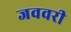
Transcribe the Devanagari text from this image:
जववरी